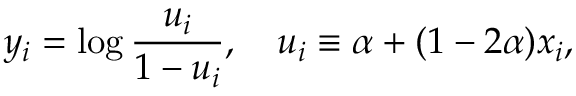
y _ { i } = \log \frac { u _ { i } } { 1 - u _ { i } } , \quad u _ { i } \equiv \alpha + ( 1 - 2 \alpha ) x _ { i } ,